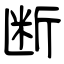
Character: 断